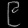
Digit: ၉